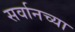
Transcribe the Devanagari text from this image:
सर्वानच्या